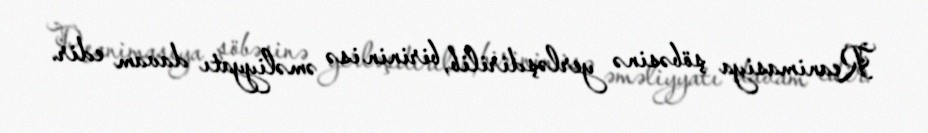
Reanimasiya şöbəsinə yerləşdirilib, birinin isə əməliyyatı davam edir.